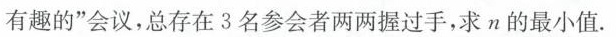
有 趣 的$$”会议，总存在3名参会者两两握过手，求n的最小值.